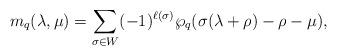
LaTeX: \begin{align*}m_q(\lambda,\mu)&=\sum_{\sigma\in W}(-1)^{\ell(\sigma)}\wp_q(\sigma(\lambda+\rho)-\rho-\mu),\end{align*}